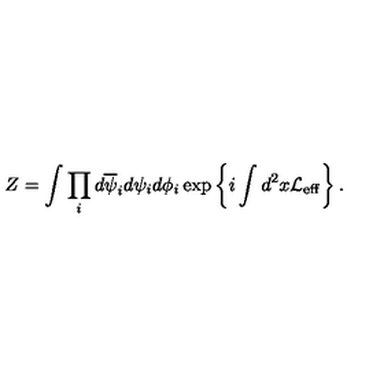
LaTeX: Z = \int \prod _ { i } d \overline { { \psi } } _ { i } d \psi _ { i } d \phi _ { i } \exp \left\{ i \int d ^ { 2 } x { \cal L } _ { \mathrm { e f f } } \right\} .